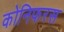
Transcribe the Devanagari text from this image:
कोनिफरस